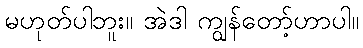
မဟုတ်ပါဘူး။ အဲဒါ ကျွန်တော့်ဟာပါ။